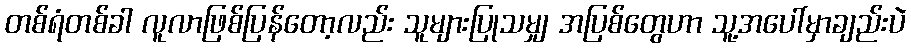
တစ်ရံတစ်ခါ လူလာဖြစ်ပြန်တော့လည်း သူများပြုသမျှ အပြစ်တွေဟာ သူ့အပေါ်မှာချည်းပဲ